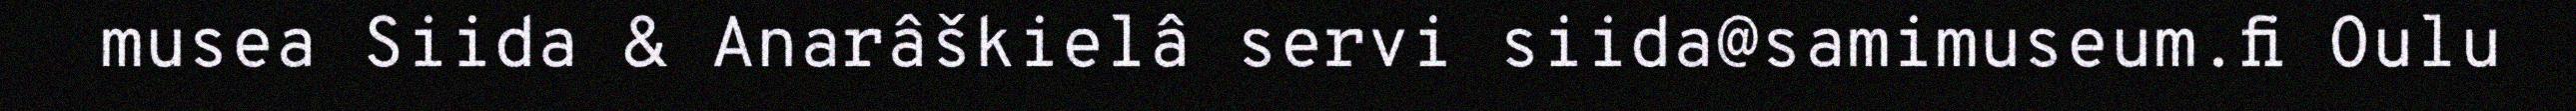
musea Siida & Anarâškielâ servi siida@samimuseum.fi Oulu